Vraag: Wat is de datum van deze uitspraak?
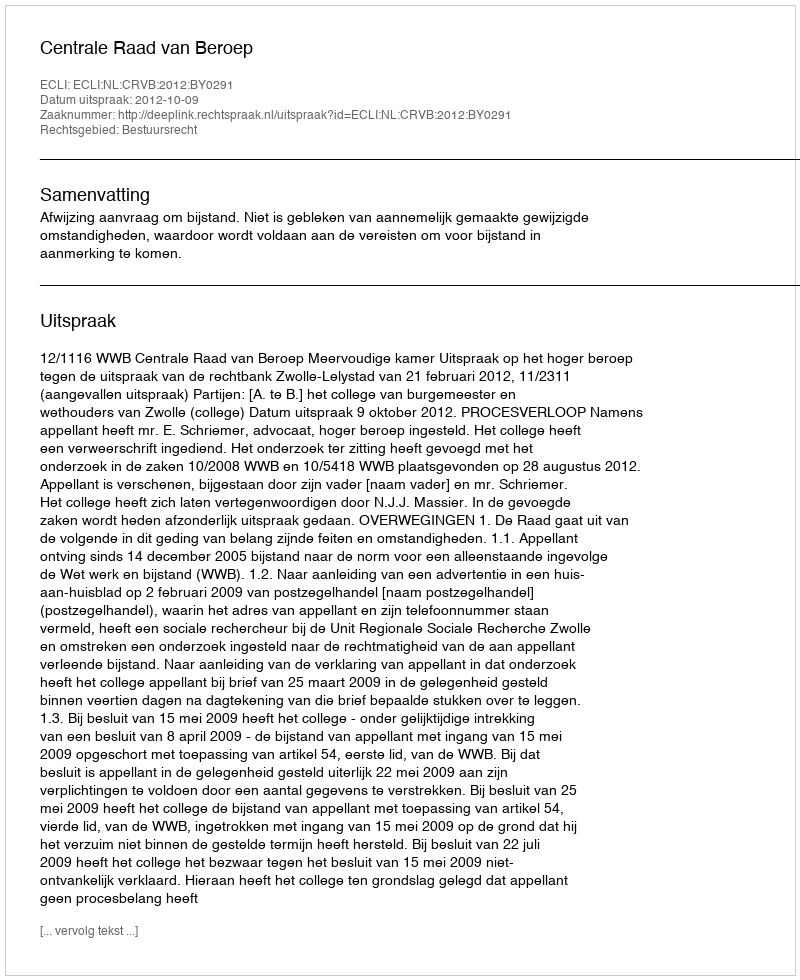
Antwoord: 2012-10-09